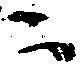
ニ